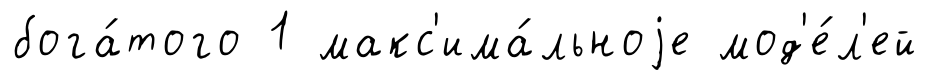
бога́того 1 макс'има́льноjе мод'е́л'ей